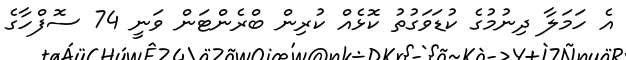
އެ ހަމަލާ ދިނުމުގެ ކުޑަވަގުތު ކޮޅެއް ކުރިން ބްރެންޓަން ވަނީ 74 ސޮފްހާގެ